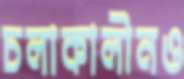
চলাকালীনও